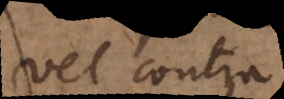
vel contra